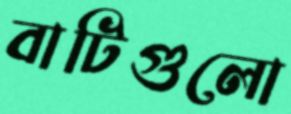
বাটিগুলো